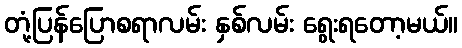
တုံ့ပြန်ပြောစရာလမ်း နှစ်လမ်း ရွေးရတော့မယ်။